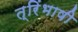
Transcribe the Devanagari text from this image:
त्रिंभाषी